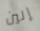
إلين